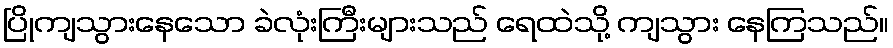
ပြိုကျသွားနေသော ခဲလုံးကြီးများသည် ရေထဲသို့ ကျသွား နေကြသည်။